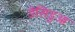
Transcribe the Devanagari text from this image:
डेसिडुआ